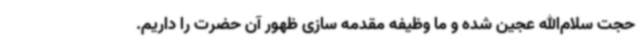
حجت سلام‌الله عجین شده و ما وظیفه مقدمه سازی ظهور آن حضرت را داریم.